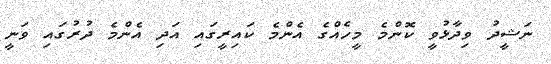
ނަޝީދު ވިދާޅުވީ ކޮންމެ މީހެއްގެ އެންމެ ކައިރީގައި އަދި އެންމެ ދުރުގައި ވަނީ